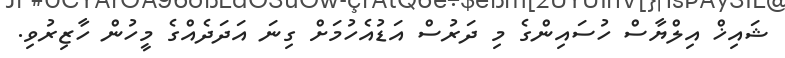
ޝައިޚް އިލްޔާސް ހުސައިންގެ މި ދަރުސް އަޑުއެހުމަށް ގިނަ އަދަދެއްގެ މީހުން ހާޒިރުވި.